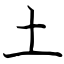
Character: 土